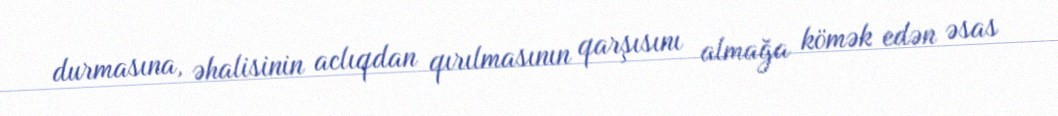
durmasına, əhalisinin aclıqdan qırılmasının qarşısını almağa kömək edən əsas